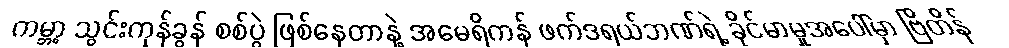
ကမ္ဘာ့ သွင်းကုန်ခွန် စစ်ပွဲ ဖြစ်နေတာနဲ့ အမေရိကန် ဖက်ဒရယ်ဘဏ်ရဲ့ ခိုင်မာမှုအပေါ်မှာ ဗြိတိန်